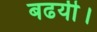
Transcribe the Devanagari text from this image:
बढयी।